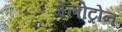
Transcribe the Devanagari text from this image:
मेलोट्रोन